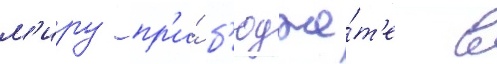
м'иру пр'и́ б'юдже́т'е в